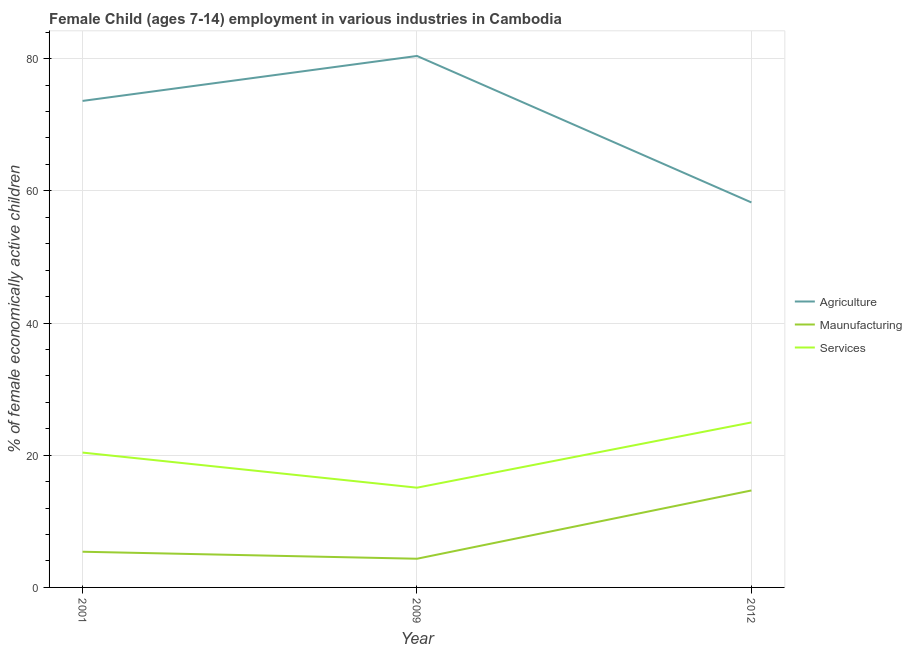
| Year | Agriculture | Maunufacturing | Services |
 | --- | --- | --- | --- |
 | 2001 | 73.6 | 5.4 | 20.4 |
 | 2009 | 80.4 | 4.34 | 15.1 |
 | 2012 | 58.2 | 14.7 | 25 |